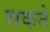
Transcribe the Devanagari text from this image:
सकते